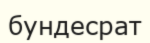
бундесрат